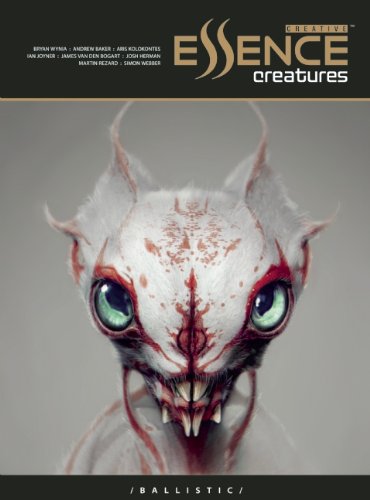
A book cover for Creative Essence: Creatures; Arts & Photography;